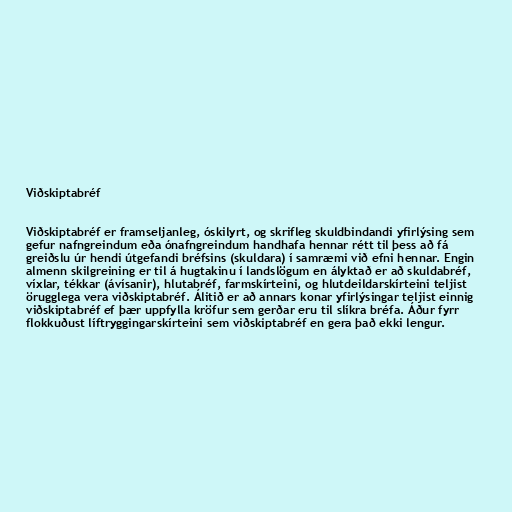
Viðskiptabréf

Viðskiptabréf er framseljanleg, óskilyrt, og skrifleg skuldbindandi yfirlýsing sem
gefur nafngreindum eða ónafngreindum handhafa hennar rétt til þess að fá
greiðslu úr hendi útgefandi bréfsins (skuldara) í samræmi við efni hennar. Engin
almenn skilgreining er til á hugtakinu í landslögum en ályktað er að skuldabréf,
víxlar, tékkar (ávísanir), hlutabréf, farmskírteini, og hlutdeildarskírteini teljist
örugglega vera viðskiptabréf. Álitið er að annars konar yfirlýsingar teljist einnig
viðskiptabréf ef þær uppfylla kröfur sem gerðar eru til slíkra bréfa. Áður fyrr
flokkuðust líftryggingarskírteini sem viðskiptabréf en gera það ekki lengur.